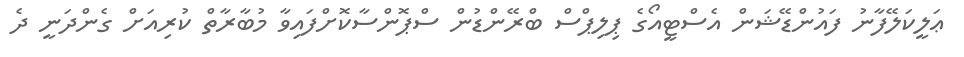
ޢަލީކަލޭފާނު ފައުންޑޭޝަން އެސްޓީއޯގެ ޕިލިޕްސް ބްރޭންޑުން ސްޕޮންސާކޮށްފައިވާ މުބާރާތް ކުރިއަށް ގެންދަނީ ދެ